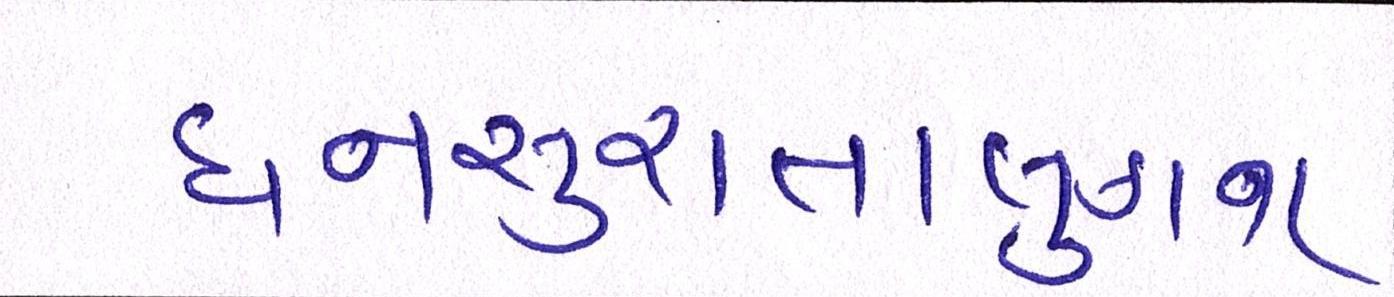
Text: ધનસુરાતાલુકાના